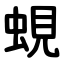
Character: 蜆